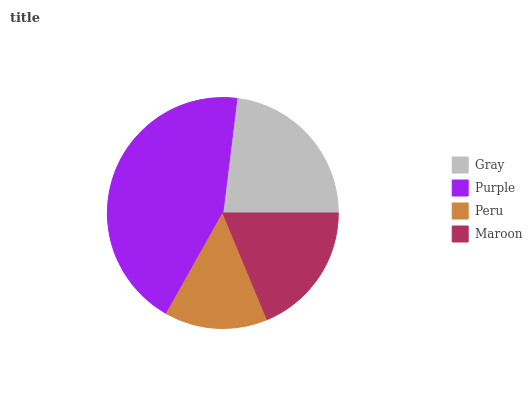
| Gray | Purple | Peru | Maroon |
 | --- | --- | --- | --- |
 | 23.1% | 43.7% | 14.4% | 18.8% |